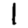
Digit: 1